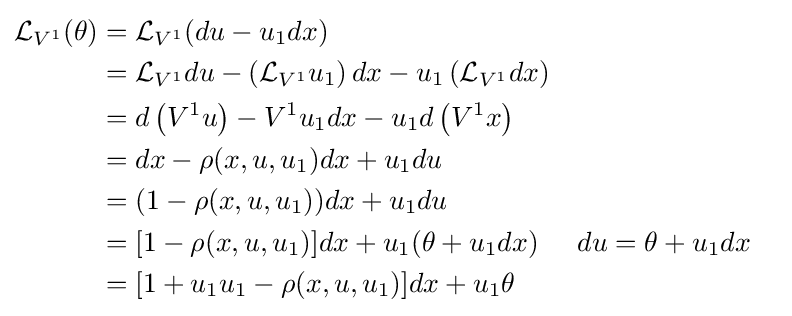
{\begin{aligned}{\mathcal {L}}_{V^{1}}(\theta )&={\mathcal {L}}_{V^{1}}(du-u_{1}dx)\\&={\mathcal {L}}_{V^{1}}du-\left({\mathcal {L}}_{V^{1}}u_{1}\right)dx-u_{1}\left({\mathcal {L}}_{V^{1}}dx\right)\\&=d\left(V^{1}u\right)-V^{1}u_{1}dx-u_{1}d\left(V^{1}x\right)\\&=dx-\rho (x,u,u_{1})dx+u_{1}du\\&=(1-\rho (x,u,u_{1}))dx+u_{1}du\\&=[1-\rho (x,u,u_{1})]dx+u_{1}(\theta +u_{1}dx)&&du=\theta +u_{1}dx\\&=[1+u_{1}u_{1}-\rho (x,u,u_{1})]dx+u_{1}\theta \end{aligned}}